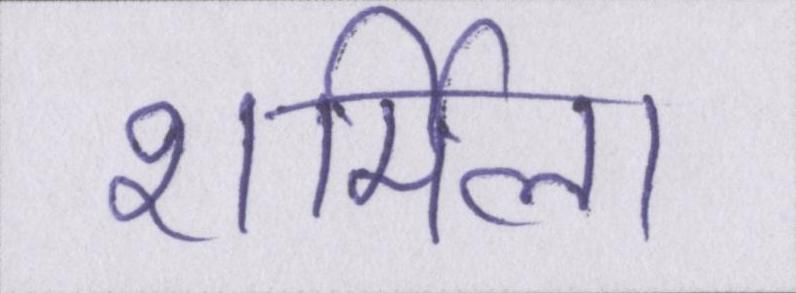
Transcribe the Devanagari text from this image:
शर्मिला